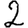
Digit: 2